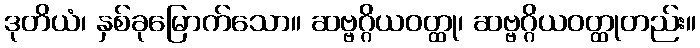
ဒုတိယံ၊ နှစ်ခုမြောက်သော။ ဆဗ္ဗဂ္ဂိယဝတ္ထု၊ ဆဗ္ဗဂ္ဂိယဝတ္ထုတည်း။